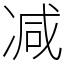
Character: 减